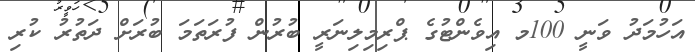
އަހުމަދު ވަނީ 100މ އިވެންޓުގެ ޕްރިމިލިނަރީ ބުރުން ފުރަތަމަ ބުރަށް ދަތުރު ކުރި